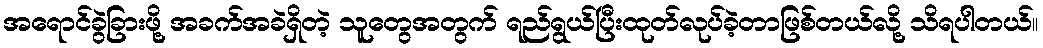
အရောင်ခွဲခြားဖို့ အခက်အခဲရှိတဲ့ သူတွေအတွက် ရည်ရွယ်ပြီးထုတ်လုပ်ခဲ့တာဖြစ်တယ်လို့ သိရပါတယ်။